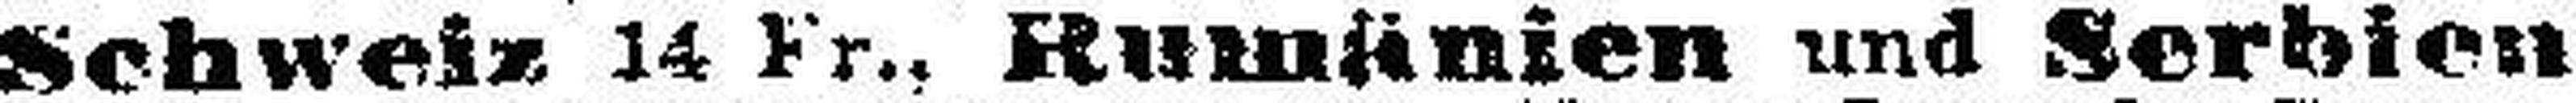
Schweiz 14 Fr., Rumänien und Serbien